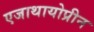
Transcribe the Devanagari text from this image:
एजाथायोप्रीन